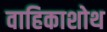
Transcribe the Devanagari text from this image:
वाहिकाशोथ